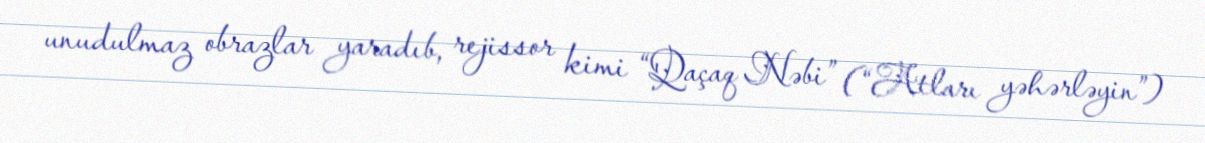
unudulmaz obrazlar yaradıb, rejissor kimi “Qaçaq Nəbi” (“Atları yəhərləyin”)